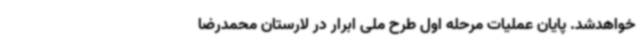
خواهدشد. پایان عملیات مرحله اول طرح ملی ابرار در لارستان محمدرضا